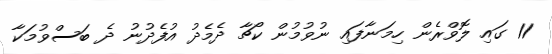
11 ގައި ލޮވްރެން ހިމަނާފައި ނުވުމުން ކޯޗާ ދެމެދު އުފެދުނު ދެ ބަސްވުމަކާ